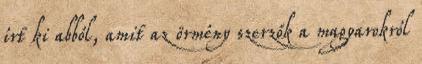
írt ki abból, amit az örmény szerzők a magyarokról